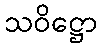
သဝိဋ္ဌော